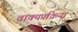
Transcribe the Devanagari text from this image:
वाक्यप्रक्रिया